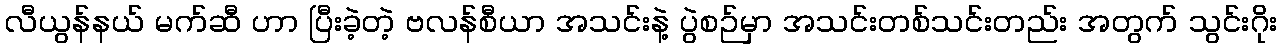
လီယွန်နယ် မက်ဆီ ဟာ ပြီးခဲ့တဲ့ ဗလန်စီယာ အသင်းနဲ့ ပွဲစဉ်မှာ အသင်းတစ်သင်းတည်း အတွက် သွင်းဂိုး